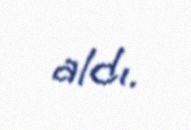
aldı.